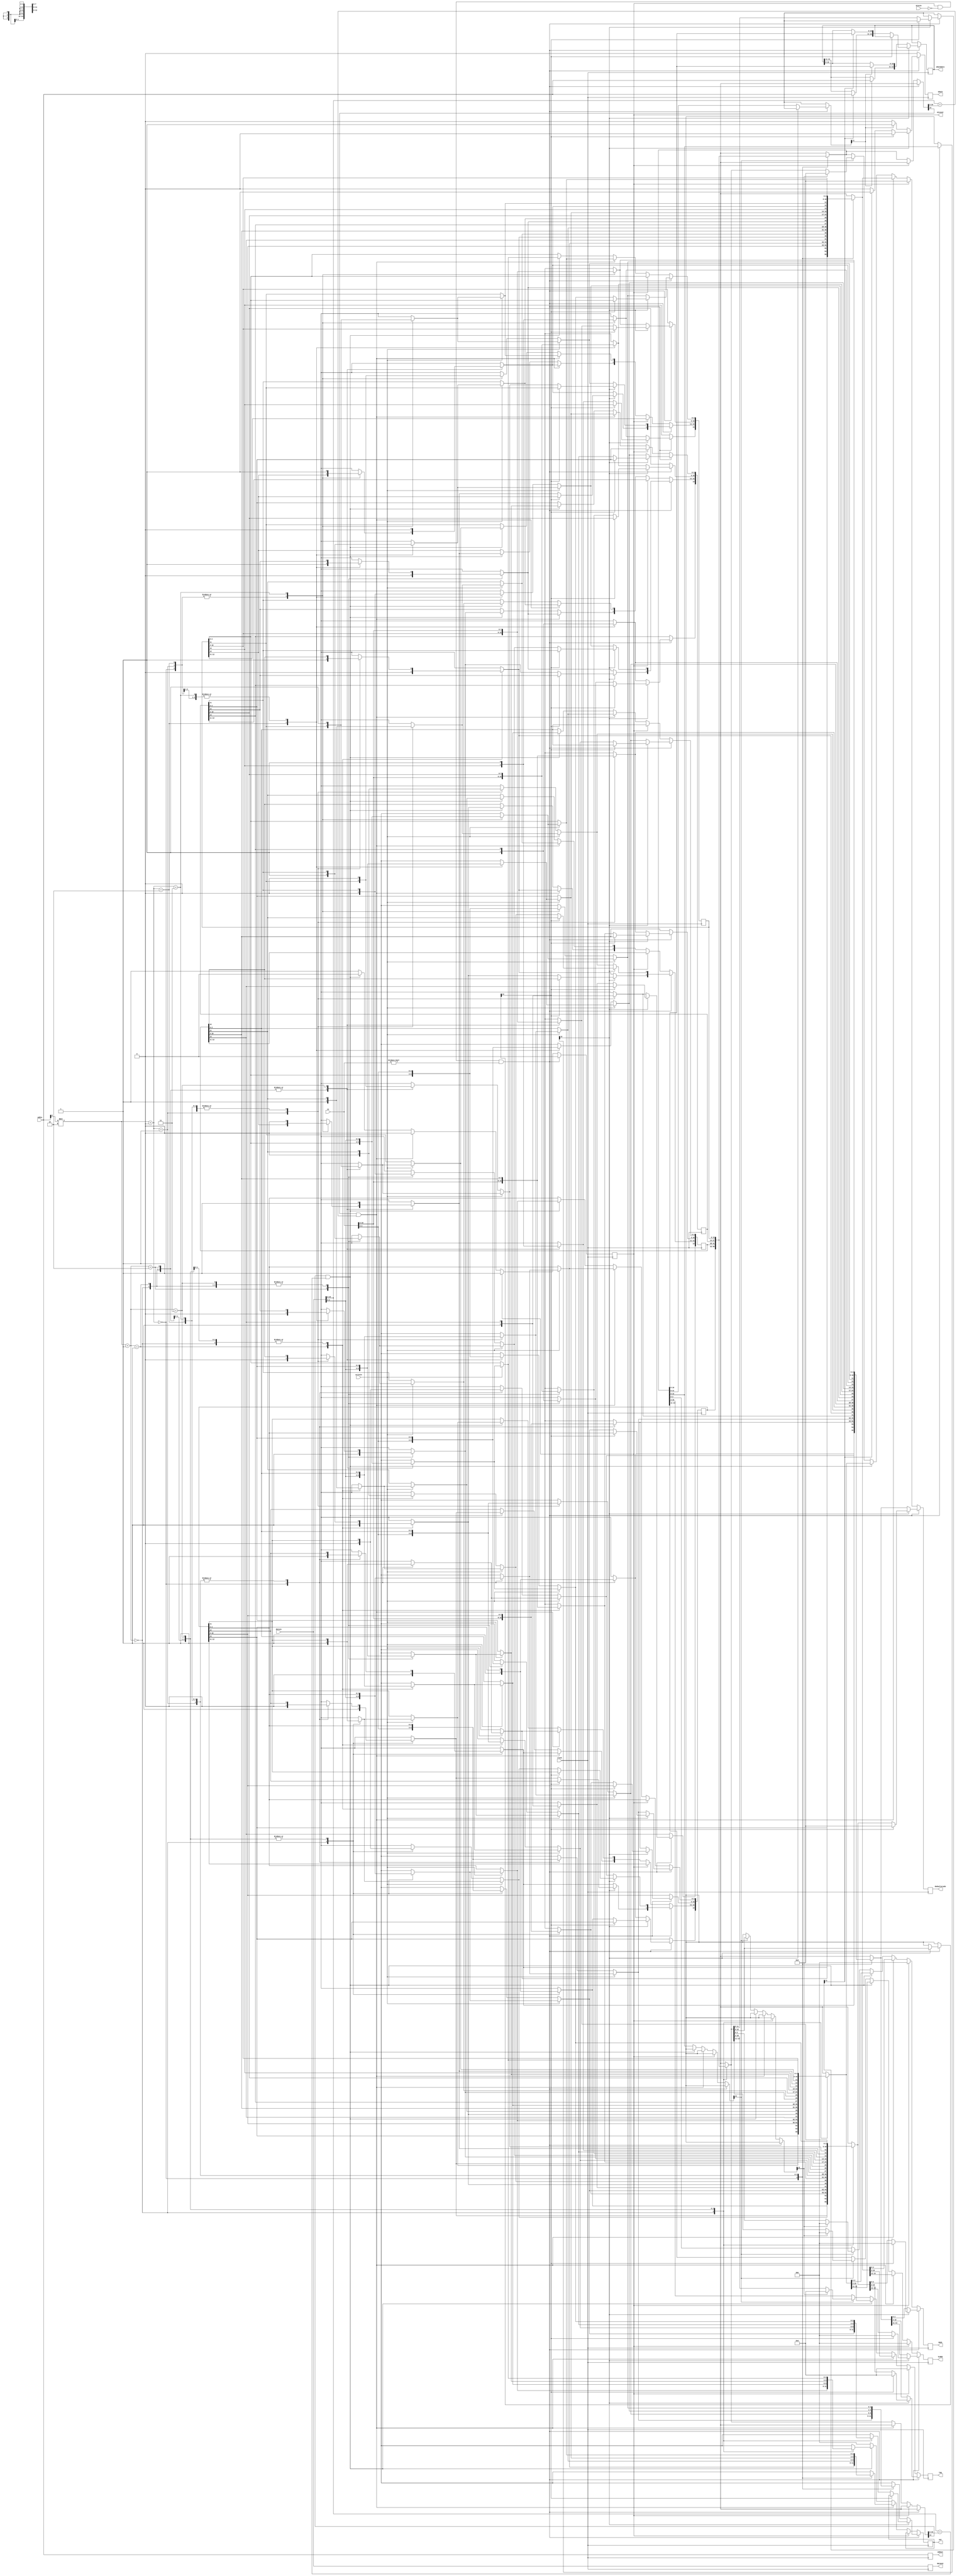
/*
	CEFET-MG
	Disciplina de Laboratrio de Arquitetura e Organizao de Computadores II
	Data: 11/11/2021
	Aluno: Fernando Veizaga
	Matricula: 20203001902
*/

module cachel1(writein, datain, dataout, addin, addout, clock, in, out, missin, missout, wback, wbackdata, dadoalterado, VLRUD, tag, dado);
	input clock, writein, missin;
	input [10:0] datain, in;
	input [2:0] addin;
	output reg [2:0] addout, out, VLRUD, dado;
	output reg [7:0] tag;
	output reg [10:0] dataout;
	output reg [13:0] wbackdata, dadoalterado;
	output reg missout, wback;
	
	integer control;
	
	reg [13:0] via[0:1][0:1];
	
	initial begin								//inicializacao da cache e de alguns sinais
		via[0][0] = 14'b10001100100111; 	//1 0 0 01100100 111
		via[0][1] = 14'b11001111000100; 	//1 1 0 01111000 100
		via[1][0] = 14'b11001110110011; 	//1 1 0 01110110 011
		via[1][1] = 14'b00001101100101; 	//0 0 0 01101100 101
		
		missout = 1'b0;
		wback = 1'b0;
		out = 3'b000;
		addout = 3'b000;
		dataout = 11'b00000000000;
		wbackdata = 14'b00000000000000;
	end

	always@(posedge clock)
	begin
		addout = addin;
		dataout = datain;
		wback = 1'b0;
		dadoalterado = 14'b00000000000000;
		VLRUD = 3'b000;
		tag = 8'b00000000;
		dado = 3'b000;
		
		//miss 
		if(missout == 1'b1 && missin == 1'b0 && in != 11'b00000000000)			//verificacao de hit na cache L2
		begin
		
			if(via[addin[0]][0][12] == 1'b0)					//verificacao do bit LRU
			begin
				if(via[addin[0]][0][11] == 1'b1)				//verificacao do bit dirty
				begin
					wback = 1'b1;
					wbackdata[13:11] = addin[2:0];
					wbackdata[10:0] = via[addin[0]][0][10:0];
				end
				if(writein == 1'b1)								//verificacao da ativacao da escrita
				begin
					via[addin[0]][0][2:0] = datain[2:0];
					via[addin[0]][0][11] = 1'b1;
				end
				else begin
					via[addin[0]][0][2:0] = in[2:0];
					via[addin[0]][0][11] = 1'b0;
				end
				via[addin[0]][0][10:3] = in[10:3];			//atualizacao da tag da via
				via[addin[0]][0][13] = 1'b1;					//atualizacao do bit de validade
				out[2:0] = via[addin[0]][0][2:0];			//definicao dos dados do sinal de saida
				via[addin[0]][0][12] = 1'b1;					//atualizacao do LRU
				via[addin[0]][1][12] = 1'b0;					//atualizacao do LRU
				dadoalterado = via[addin[0]][0][13:0];
				VLRUD = dadoalterado[13:11];
				tag = dadoalterado[10:3];
				dado = dadoalterado[2:0];
			end
			
			else if(via[addin[0]][1][12] == 1'b0)			//verificacao do bit LRU
			begin
				if(via[addin[0]][1][11] == 1'b1)				//verificacao do bit dirty
				begin
					wback = 1'b1;
					wbackdata[13:11] = addin[2:0];
					wbackdata[10:0] = via[addin[0]][0][10:0];
				end
				if(writein == 1'b1)								//verificacao da ativacao da escrita
				begin
					via[addin[0]][1][2:0] = datain[2:0];
					via[addin[0]][1][11] = 1'b1;
				end
				else begin
					via[addin[0]][1][2:0] = in[2:0];
					via[addin[0]][1][11] = 1'b0;
				end
				via[addin[0]][1][10:3] = in[10:3];			//atualizacao da tag da via
				via[addin[0]][1][13] = 1'b1;					//atualizacao do bit de validade
				out[2:0] = via[addin[0]][1][2:0];			//definicao dos dados do sinal de saida
				via[addin[0]][0][12] = 1'b0;					//atualizacao do LRU
				via[addin[0]][1][12] = 1'b1;					//atualizacao do LRU
				dadoalterado = via[addin[0]][1][13:0];
				VLRUD = dadoalterado[13:11];
				tag = dadoalterado[10:3];
				dado = dadoalterado[2:0];
			end
			
			missout = 1'b0;
		end
	
		//hit
		else if(missout == 1'b0)							//verificacao de miss
		begin
			if(via[addin[0]][0][13] == 1'b1 && datain[10:3] == via[addin[0]][0][10:3])			//verificacao do bit de validade e da tag
			begin
				if(writein == 1'b1)							//verificacao da ativacao da escrita
				begin
					via[addin[0]][0][2:0] = datain[2:0];
					via[addin[0]][0][11] = 1'b1;
				end
				out[2:0] = via[addin[0]][0][2:0];		//definicao dos dados do sinal de saida	
				missout = 1'b0;								//confirmacao de um hit
				via[addin[0]][0][12] = 1'b1;				//atualizacao do LRU
				via[addin[0]][1][12] = 1'b0;				//atualizacao do LRU
				dadoalterado = via[addin[0]][0][13:0];
				VLRUD = dadoalterado[13:11];
				tag = dadoalterado[10:3];
				dado = dadoalterado[2:0];
			end
				
			else if(via[addin[0]][1][13] == 1'b1 && datain[10:3] == via[addin[0]][1][10:3])		//verificacao do bit de validade e da tag
			begin
				if(writein == 1'b1)							//verificacao da ativacao da escrita
				begin
					via[addin[0]][1][2:0] = datain[2:0];
					via[addin[0]][1][11] = 1'b1;
				end
				out[2:0] = via[addin[0]][1][2:0];		//definicao dos dados do sinal de saida
				missout = 1'b0;								//confirmacao de um hit
				via[addin[0]][0][12] = 1'b0;				//atualizacao do LRU
				via[addin[0]][1][12] = 1'b1;				//atualizacao do LRU
				dadoalterado = via[addin[0]][1][13:0];
				VLRUD = dadoalterado[13:11];
				tag = dadoalterado[10:3];
				dado = dadoalterado[2:0];
			end
				
			else begin											//ocorrencia de miss
				if(via[addin[0]][0][12] == 1'b0)
				begin
					dadoalterado = via[addin[0]][0][13:0];
					VLRUD = dadoalterado[13:11];
					tag = dadoalterado[10:3];
					dado = dadoalterado[2:0];
				end
				else if(via[addin[0]][1][12] == 1'b0)
				begin
					dadoalterado = via[addin[0]][1][13:0];
					VLRUD = dadoalterado[13:11];
					tag = dadoalterado[10:3];
					dado = dadoalterado[2:0];
				end
				missout = 1'b1;
				out = 3'b000;	
			end
		end
			
	end

endmodule